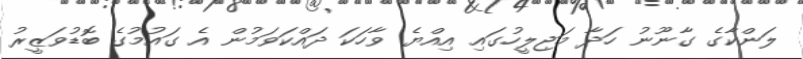
ލަންކާގެ ގާނޫނު ހަދާ މަޖިލީހުގައި އިއްޔެ ވާހަކަ ދައްކަވަމުން އެ ގައުމުގެ ބޮޑުވަޒީރު